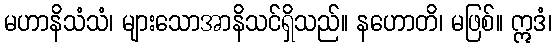
မဟာနိသံသံ၊ များသောအာနိသင်ရှိသည်။ နဟောတိ၊ မဖြစ်။ ဣဒံ၊